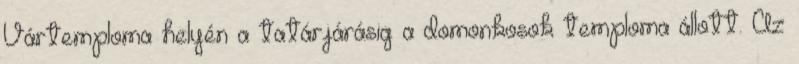
Vártemploma helyén a tatárjárásig a domonkosok temploma állott. Az